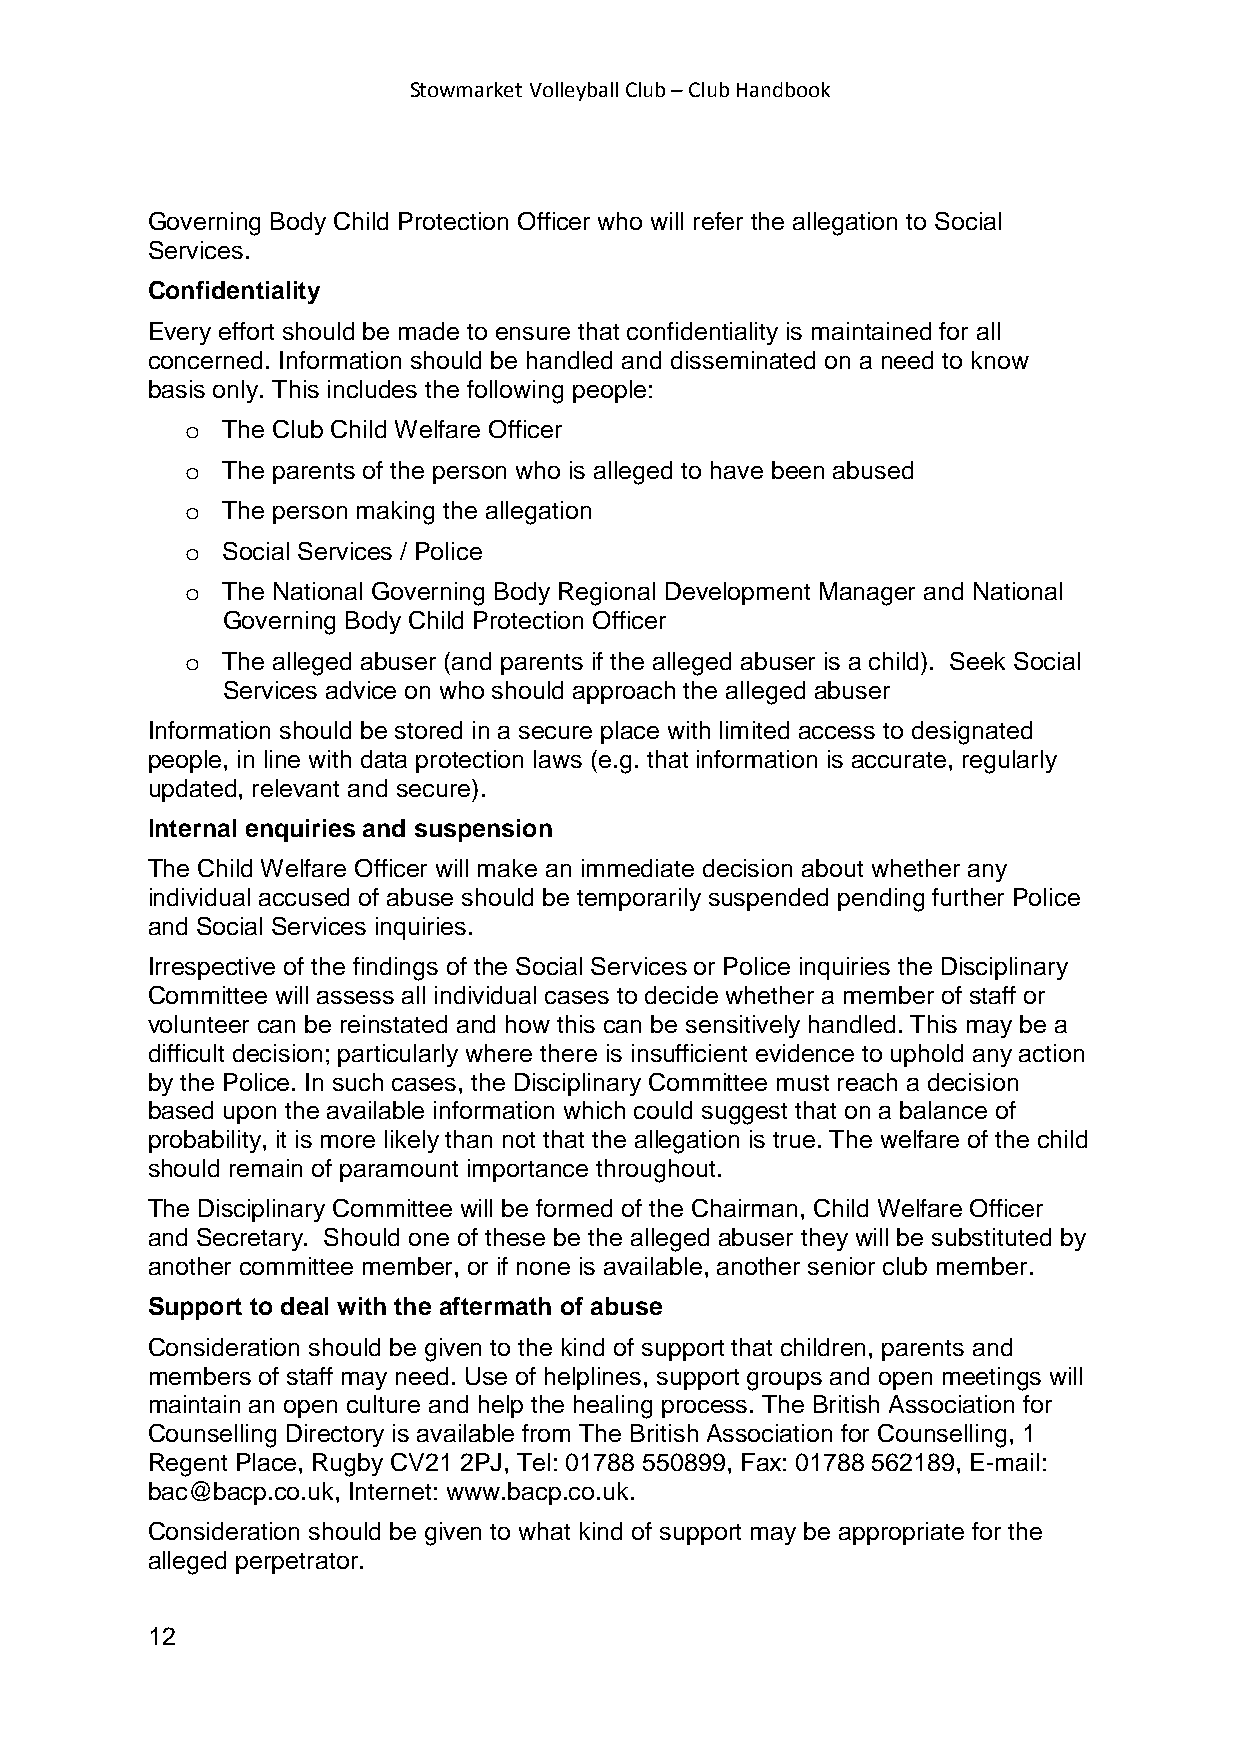
Stowmarket Volleyball Club – Club Handbook
 Governing Body Child Protection Officer who will refer the allegation to Social
 Services.
 Confidentiality
 Every effort should be made to ensure that confidentiality is maintained for all
 concerned. Information should be handled and disseminated on a need to know
 basis only. This includes the following people:
 o  The Club Child Welfare Officer
 o  The parents of the person who is alleged to have been abused
 o  The person making the allegation
 o  Social Services / Police
 o  The National Governing Body Regional Development Manager and National
 Governing Body Child Protection Officer
 o  The alleged abuser (and parents if the alleged abuser is a child). Seek Social
 Services advice on who should approach the alleged abuser
 Information should be stored in a secure place with limited access to designated
 people, in line with data protection laws (e.g. that information is accurate, regularly
 updated, relevant and secure).
 Internal enquiries and suspension
 The Child Welfare Officer will make an immediate decision about whether any
 individual accused of abuse should be temporarily suspended pending further Police
 and Social Services inquiries.
 Irrespective of the findings of the Social Services or Police inquiries the Disciplinary
 Committee will assess all individual cases to decide whether a member of staff or
 volunteer can be reinstated and how this can be sensitively handled. This may be a
 difficult decision; particularly where there is insufficient evidence to uphold any action
 by the Police. In such cases, the Disciplinary Committee must reach a decision
 based upon the available information which could suggest that on a balance of
 probability, it is more likely than not that the allegation is true. The welfare of the child
 should remain of paramount importance throughout.
 The Disciplinary Committee will be formed of the Chairman, Child Welfare Officer
 and Secretary. Should one of these be the alleged abuser they will be substituted by
 another committee member, or if none is available, another senior club member.
 Support to deal with the aftermath of abuse
 Consideration should be given to the kind of support that children, parents and
 members of staff may need. Use of helplines, support groups and open meetings will
 maintain an open culture and help the healing process. The British Association for
 Counselling Directory is available from The British Association for Counselling, 1
 Regent Place, Rugby CV21 2PJ, Tel: 01788 550899, Fax: 01788 562189, E-mail:
 bac@bacp.co.uk, Internet: www.bacp.co.uk.
 Consideration should be given to what kind of support may be appropriate for the
 alleged perpetrator.
 12